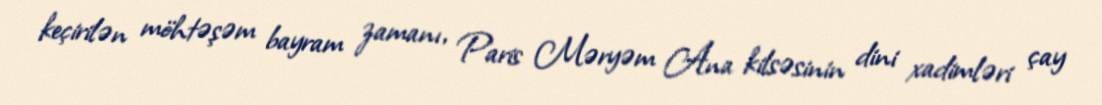
keçirilən möhtəşəm bayram zamanı, Paris Məryəm Ana kilsəsinin dini xadimləri çay